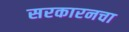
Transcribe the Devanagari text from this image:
सरकारनचा